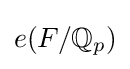
e(F/\mathbb {Q} _{p})